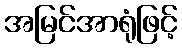
အမြင်အာရုံဖြင့်